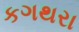
કગથરા